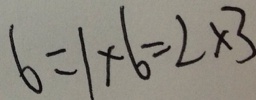
6 = 1 \times 6 = 2 \times 3